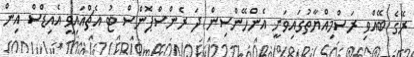
ރޭގެ ބޭއްވި ރަސްމިއްޔާތުގައިވަނީ އެންހޭންސިން ދަ ރެންސްޕޮންސް ޓު އެޗްއައިވީ އެއިޑްސް އިން